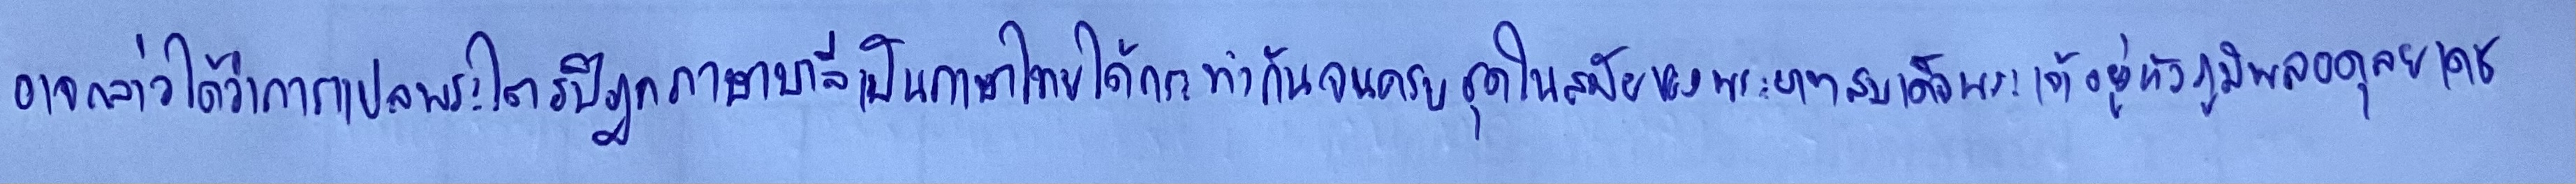
อาจกล่าวได้ว่าการแปลพระไตรปิฎกภาษาบาลีเป็นภาษาไทยได้กระทำกันจนครบชุดในสมัยของพระบาทสมเด็จพระเจ้าอยู่หัวภูมิพลอดุลยเดช